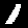
Digit: 1